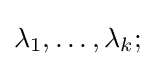
\lambda _{1},\dots ,\lambda _{k};